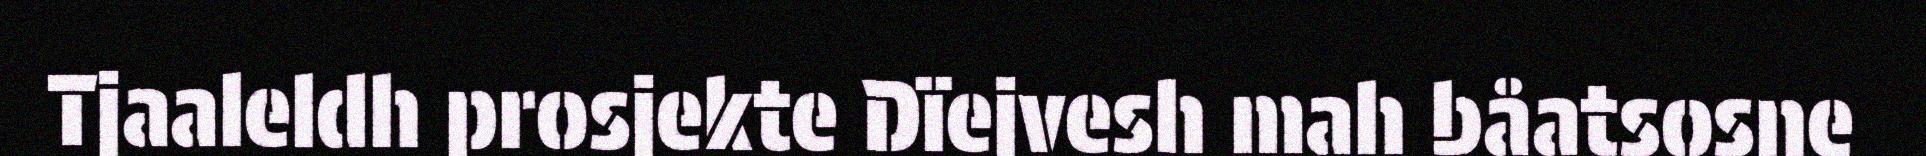
Tjaaleldh prosjekte Dïejvesh mah båatsosne